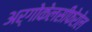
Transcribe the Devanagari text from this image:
अर्गोकेलसीफेरोल